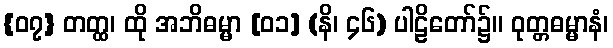
{၀၇} တတ္ထ၊ ထို အဘိဓမ္မာ [၀၁] (နိ၊ ၄၆) ပါဠိတော်၌။ ဝုတ္တဓမ္မာနံ၊